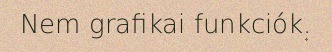
Nem grafikai funkciók.